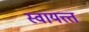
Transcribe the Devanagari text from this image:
स्वायत्त्त